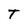
Character: T